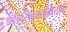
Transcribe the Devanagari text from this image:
सदसद्ब्रह्मवित्तमः